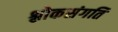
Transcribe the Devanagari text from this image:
श्लोकसंगति